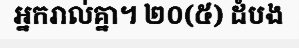
អ្នករាល់គ្នា។ ២០(៥) ដំបង